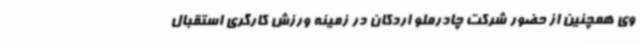
وی همچنین از حضور شرکت چادرملو اردکان در زمینه ورزش کارگری استقبال